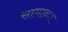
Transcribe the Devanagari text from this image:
सामानज्ञ